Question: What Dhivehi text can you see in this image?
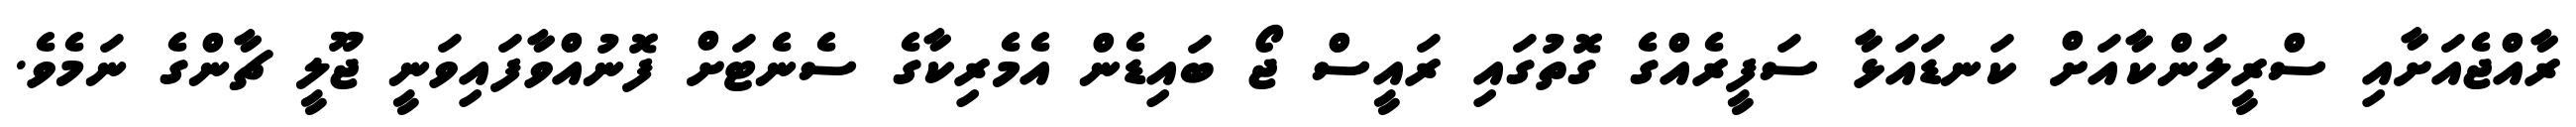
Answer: ރާއްޖެއަށާއި ސްރީލަންކާއަށް ކަނޑައަޅާ ސަފީރެއްގެ ގޮތުގައި ރައީސް ޖޯ ބައިޑެން އެމެރިކާގެ ސެނެޓަށް ފޮނުއްވާފައިވަނީ ޖޫލީ ޗާންގެ ނަމެވެ.